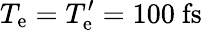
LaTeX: T_{\mathrm{e}}=T_{\mathrm{e}}^{\prime}=100~\mathrm{fs}